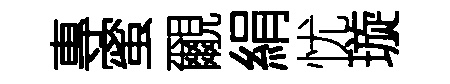
專蜜覼絹忧璇